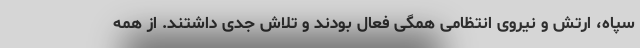
سپاه، ارتش و نیروی انتظامی همگی فعال بودند و تلاش جدی داشتند. از همه